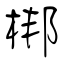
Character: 梆